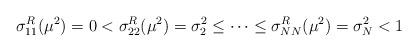
LaTeX: \begin{align*}\sigma_{11}^R(\mu^2)=0<\sigma_{22}^R(\mu^2)=\sigma_2^2\leq \dots\leq \sigma_{NN}^R(\mu^2)=\sigma_N^2<1\end{align*}